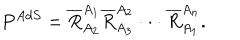
P ^ { A d S } = \overline { { { R } } } _ { A _ { 2 } } ^ { A _ { 1 } } \overline { { { R } } } _ { A _ { 3 } } ^ { A _ { 2 } } \cdot \cdot \cdot \overline { { { R } } } _ { A _ { 1 } } ^ { A _ { n } } .